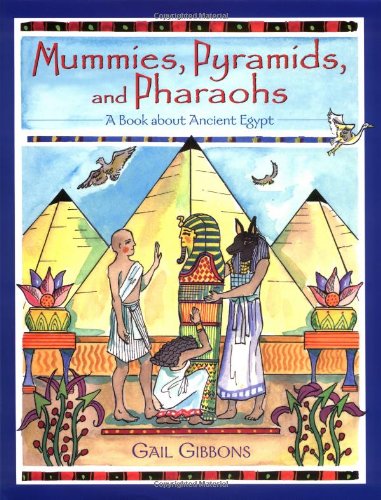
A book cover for Mummies, Pyramids, and Pharaohs: A Book About Ancient Egypt; Gail Gibbons; Children's Books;